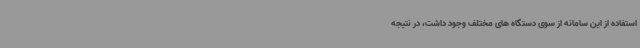
استفاده از این سامانه از سوی دستگاه های مختلف وجود داشت، در نتیجه